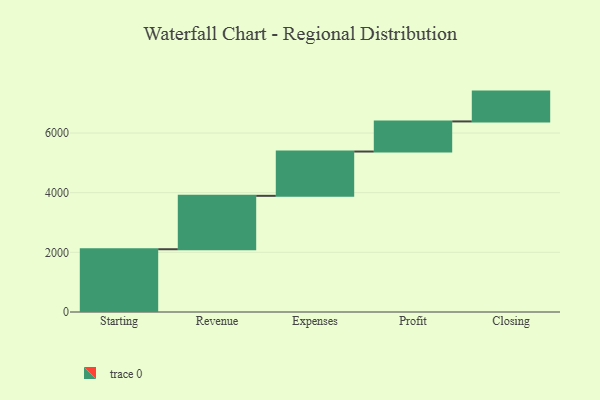
{"axis": {"x": "Step", "y": "Value"}, "legend": [""], "data": [{"x": "Starting", "y": 2104.0, "type": ""}, {"x": "Revenue", "y": 1790.0, "type": ""}, {"x": "Expenses", "y": 1485.0, "type": ""}, {"x": "Profit", "y": 1009.0, "type": ""}, {"x": "Closing", "y": 1000, "type": ""}]}